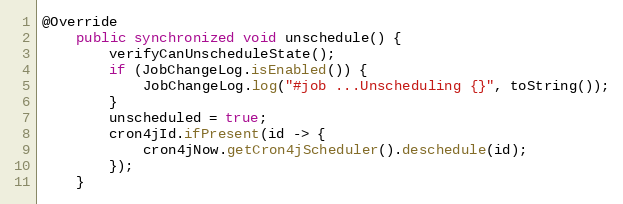
Language: Java
@Override
    public synchronized void unschedule() {
        verifyCanUnscheduleState();
        if (JobChangeLog.isEnabled()) {
            JobChangeLog.log("#job ...Unscheduling {}", toString());
        }
        unscheduled = true;
        cron4jId.ifPresent(id -> {
            cron4jNow.getCron4jScheduler().deschedule(id);
        });
    }